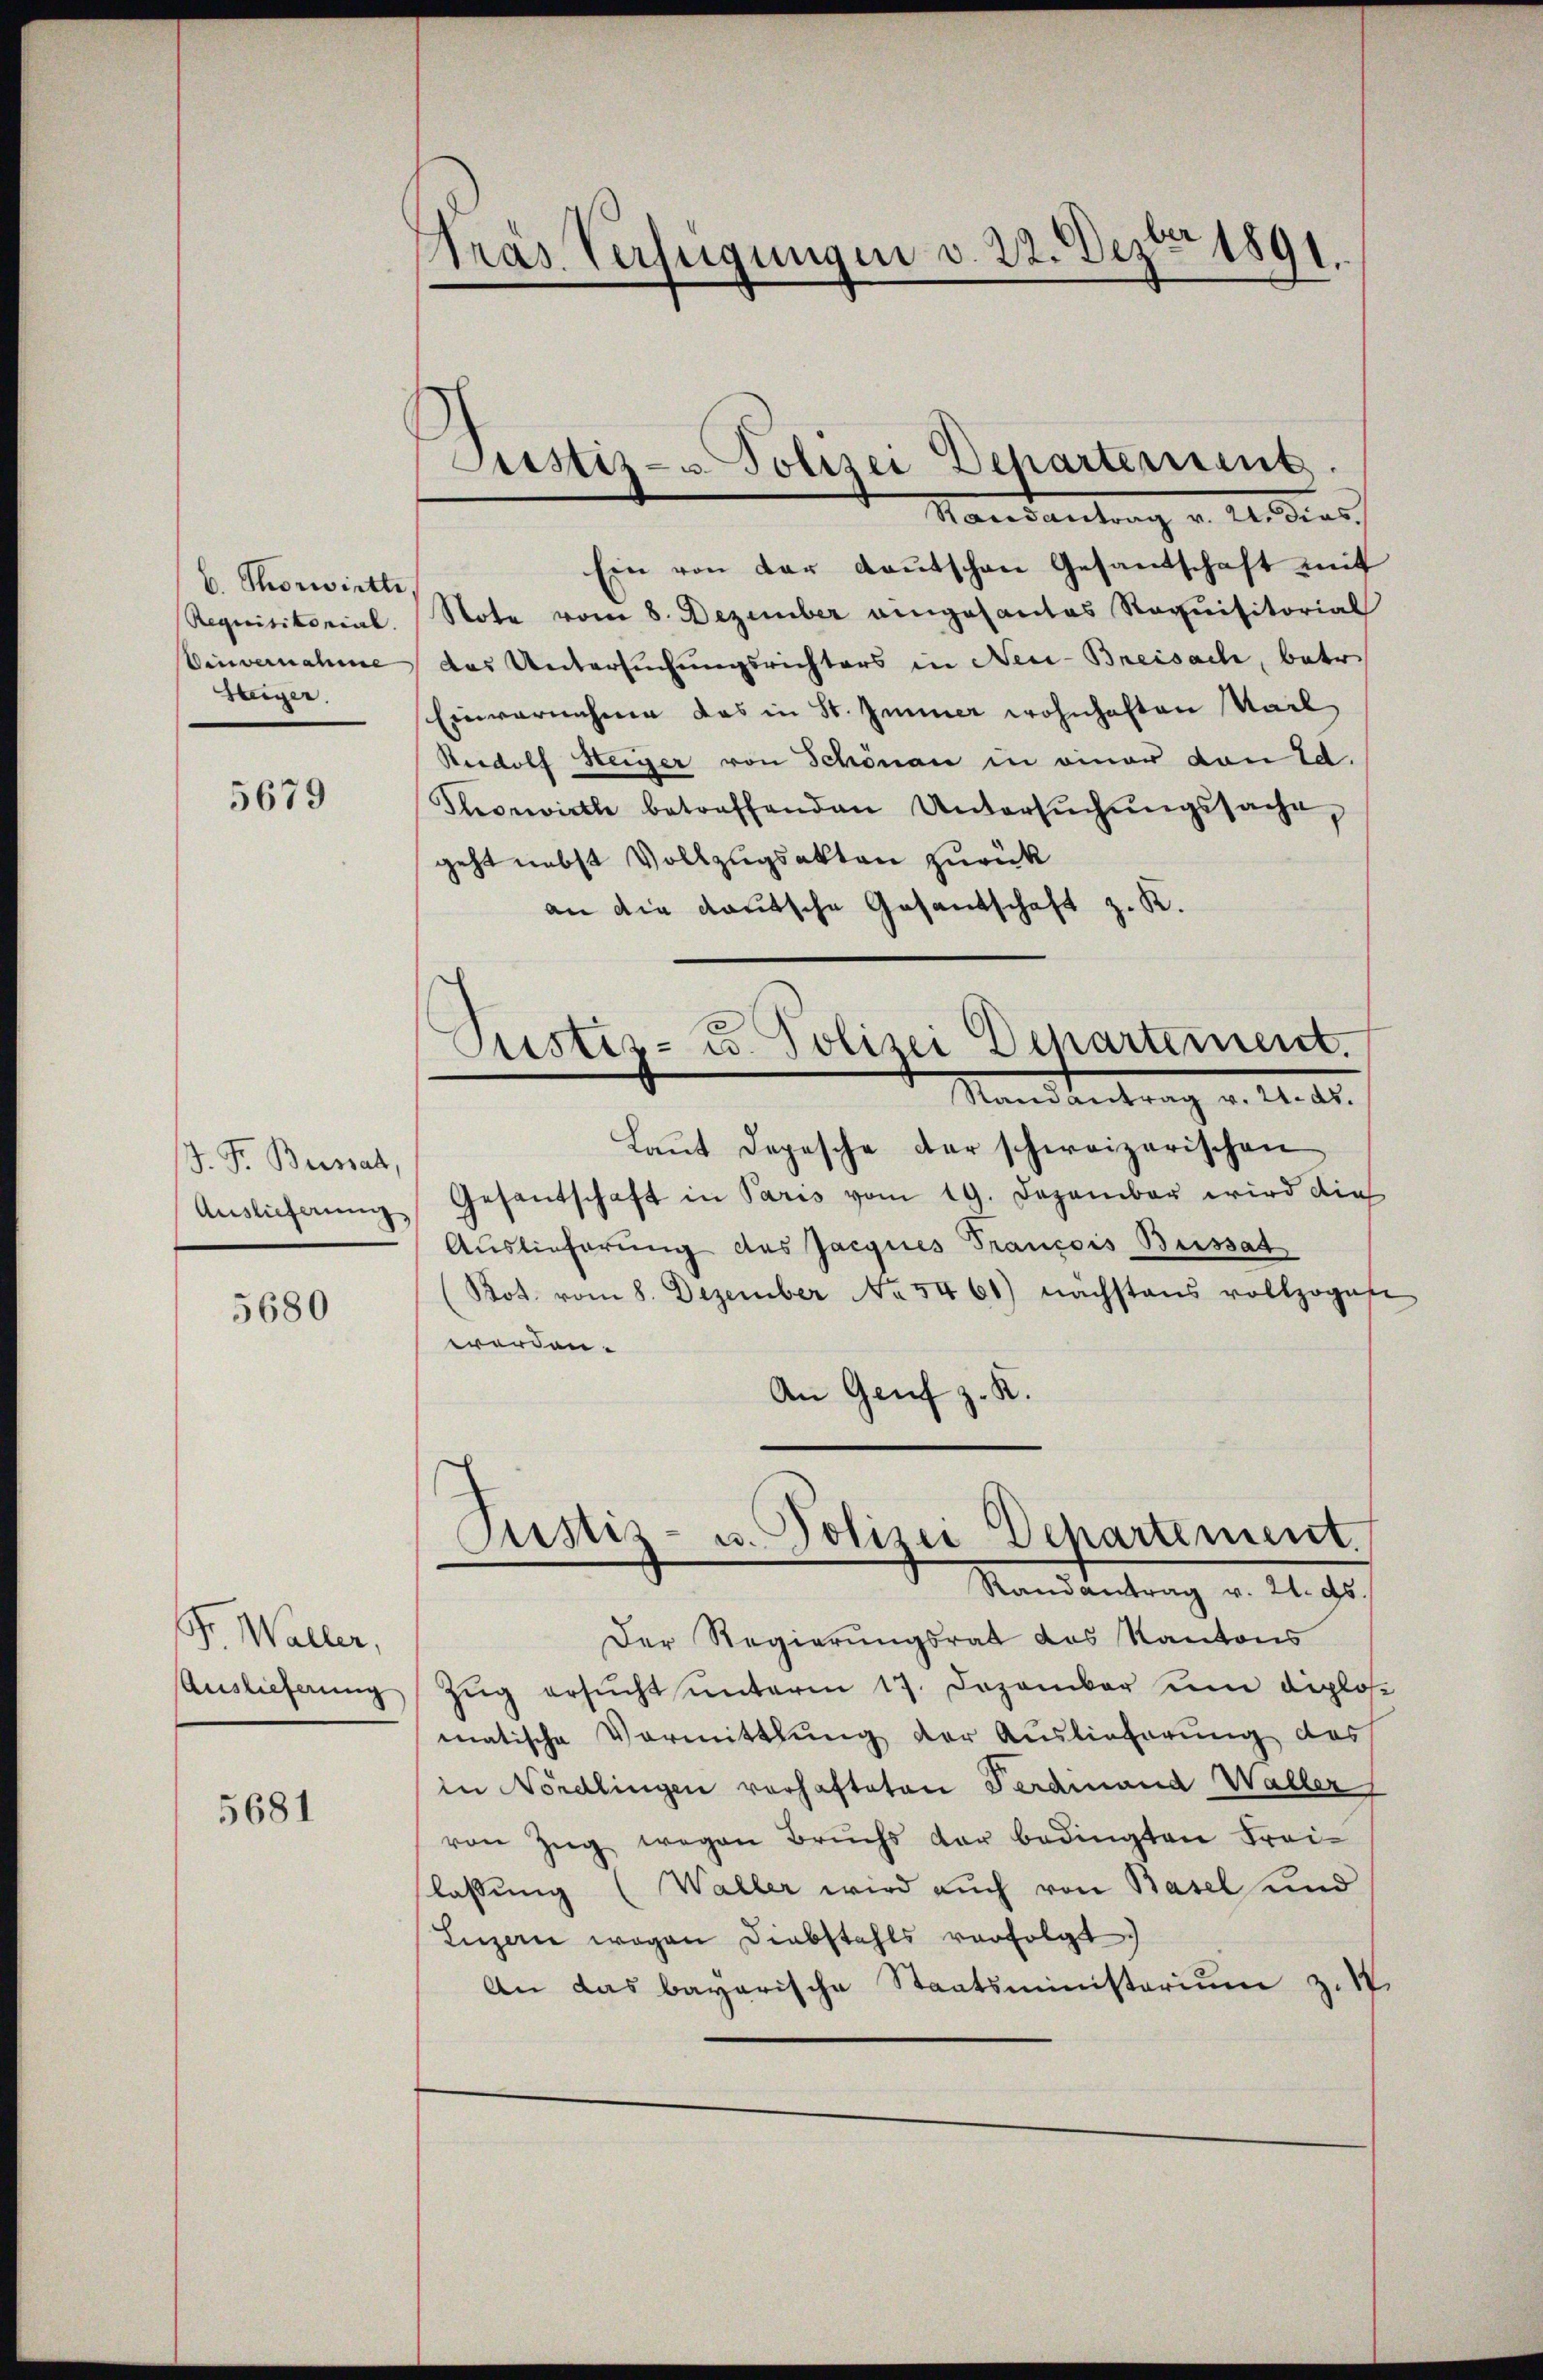
b. Thorwirtte
Requisitorial.
Einvernahme
Steiger.

5679

J. F. Buissa,
Auslieferung

5680

Gr. Waller,
Auslieferung

5681

Nrás Verfügungen v. 22. Dez. 1891.

Justiz- u Polizei Departement.
Mandantung v. M. dies

Ein von der Kautschen Gesandschaft mit
Note vom 8. Dezember angesantes Requisitorial
das Untersuchungsrichters in Nei-Breisach, betr.
Einvernahme das in St. Immer wohnhaften Mail
Rridolf Steiger von Schönen in einer von Ed.
Thorwirth betreffenden Untersŭchŭngssache,
geht nebst Vollzugsakten zurück
an die deutsche Gasantschaft z. K.
Justiz- u. Polizei Departement.
Mandantrag v. M. d.
Laut Depesche der schweizerischen
Gesantschaft in Paris vom 19. Dezember wird die
Auslieferung des Jacques Francois Bissat
Pot. vom 8. Dezember Nr. 5461) nachstens vollzogene
worden.
An Genf z. K.

Pustiz- u. Polizei Departement.
Randantrag v. 21. ds.

Der Regierungsrat des Kantons
Zŭg ersŭcht unterm 17. Dezember um diplos
matische Vormittlung der Auslieferung des
in Nördlingen vorhafteten Ferdinand Waller
von Zŭg wegen Bruchs der bedingten Frei-
lassung (Waller wird auch von Basel und
Luzern wegen Diebstahls verfolgt
An das bayerische Staatsministerium z.17.